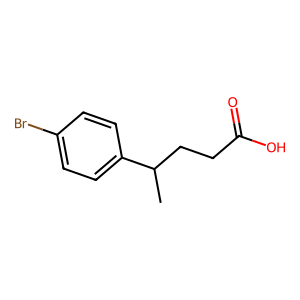
SMILES: CC(CCC(=O)O)c1ccc(Br)cc1
Inhibits HIV replication: No